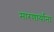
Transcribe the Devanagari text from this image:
मारणार्यांना